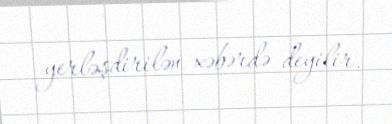
yerləşdirilən xəbərdə deyilir.